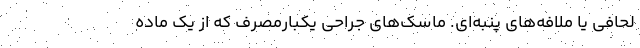
لحافی یا ملافه‌های پنبه‌ای. ماسک‌های جراحی یکبارمصرف که از یک ماده